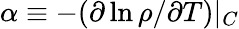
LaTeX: \alpha\equiv-(\partial\ln\rho/\partial T)|_{C}